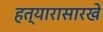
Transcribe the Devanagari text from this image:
हत्यारासारखे